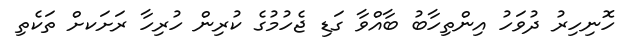
ހޮނިހިރު ދުވަހު އިންތިހާބު ބާއްވާ ގަޑި ޖެހުމުގެ ކުރިން ހުރިހާ ރަށަކށް ތަކެތި